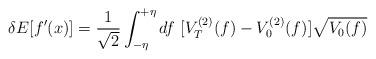
LaTeX: \begin{align*}\delta E [ f'(x) ] = {1\over {\sqrt{2}}} \int_{-\eta}^{+\eta} df ~ [ V_T^{(2)} (f) - V_0^{(2)} (f) ] \sqrt{V_0 (f)}\end{align*}